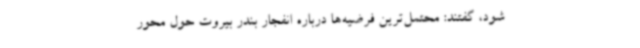
شود، گفتند: محتمل‌ترین فرضیه‌ها درباره انفجار بندر بیروت حول محور